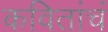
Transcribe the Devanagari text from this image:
कवितांचं